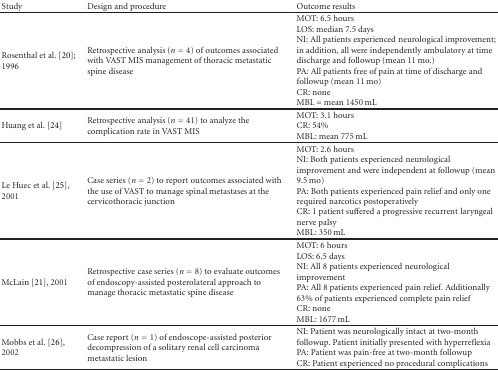
<table><thead><tr><td><b>Study</b></td><td><b>Design and procedure</b></td><td><b>Outcome results</b></td></tr></thead><tbody><tr><td>Rosenthal et al. [20]; 1996</td><td>Retrospective analysis (<i>n</i> = 4) of outcomes associated with VAST MIS management of thoracic metastatic spine disease</td><td>MOT: 6.5 hours LOS: median 7.5 days NI: All patients experienced neurological improvement; in addition, all were independently ambulatory at time discharge and followup (mean 11 mo)PA: All patients free of pain at time of discharge and followup (mean 11 mo)CR: noneMBL = mean 1450 mL </td></tr><tr><td>Huang et al. [24]</td><td>Retrospective analysis (<i>n</i> = 41) to analyze the complication rate in VAST MIS</td><td>MOT: 3.1 hoursCR: 54%MBL: mean 775 mL </td></tr><tr><td>Le Huec et al. [25], 2001</td><td>Case series (<i>n</i> = 2) to report outcomes associated with the use of VAST to manage spinal metastases at the cervicothoracic junction</td><td>MOT: 2.6 hoursNI: Both patients experienced neurological improvement and were independent at followup (mean 9.5 mo)PA: Both patients experienced pain relief and only one required narcotics postoperativelyCR: 1 patient suffered a progressive recurrent laryngeal nerve palsy MBL: 350 mL</td></tr><tr><td>McLain [21], 2001</td><td>Retrospective case series (<i>n</i> = 8) to evaluate outcomes of endoscopy-assisted posterolateral approach to manage thoracic metastatic spine disease</td><td>MOT: 6 hoursLOS: 6.5 daysNI: All 8 patients experienced neurological improvementPA: All 8 patients experienced pain relief. Additionally 63% of patients experienced complete pain reliefCR: noneMBL: 1677 mL </td></tr><tr><td>Mobbs et al. [26], 2002</td><td>Case report (<i>n</i> = 1) of endoscope-assisted posterior decompression of a solitary renal cell carcinoma metastatic lesion</td><td>NI: Patient was neurologically intact at two-month followup. Patient initially presented with hyperreflexia PA: Patient was pain-free at two-month followupCR: Patient experienced no procedural complications</td></tr></tbody></table>